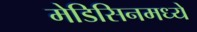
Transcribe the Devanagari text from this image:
मेडिसिनमध्ये